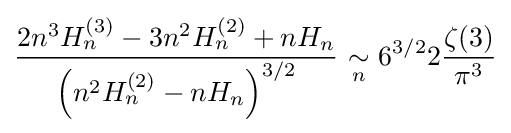
{\frac {2n^{3}H_{n}^{(3)}-3n^{2}H_{n}^{(2)}+nH_{n}}{\left(n^{2}H_{n}^{(2)}-nH_{n}\right)^{3/2}}}\ {\underset {n}{\sim }}\ 6^{3/2}2{\frac {\zeta (3)}{\pi ^{3}}}